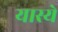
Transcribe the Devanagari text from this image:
यास्ये